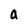
Character: a